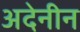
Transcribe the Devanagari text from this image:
अदेनीन